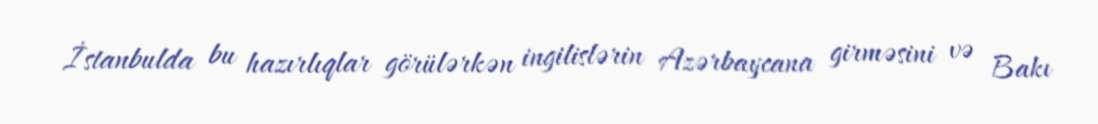
İstanbulda bu hazırlıqlar görülərkən ingilislərin Azərbaycana girməsini və Bakı